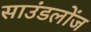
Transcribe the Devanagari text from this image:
साउंडलोंज